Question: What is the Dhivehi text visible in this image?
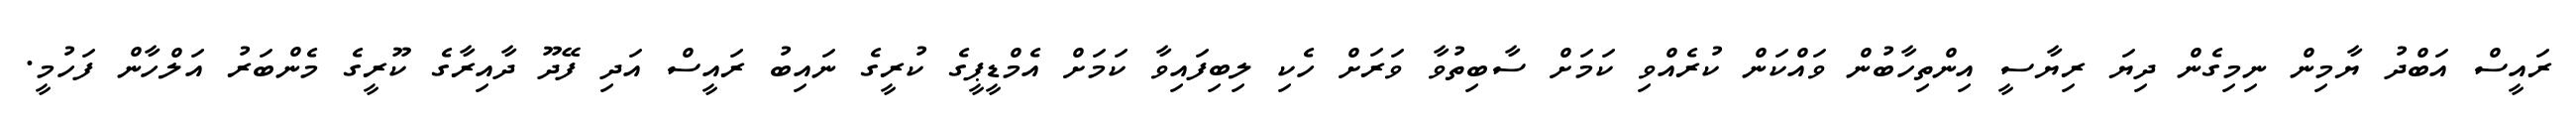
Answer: ރައީސް އަބްދު ޔާމިން ނިމިގެން ދިޔަ ރިޔާސީ އިންތިހާބުން ވައްކަން ކުރެއްވި ކަމަށް ސާބިތުވާ ވަރަށް ހެކި ލިބިފައިވާ ކަމަށް އެމްޑީޕީގެ ކުރީގެ ނައިބު ރައީސް އަދި ފޭދޫ ދާއިރާގެ ކޫރީގެ މެންބަރު އަލްހާން ފަހުމީ.